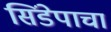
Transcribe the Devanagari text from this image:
सिंडेपाचा